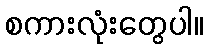
စကားလုံးတွေပါ။